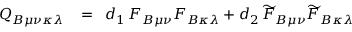
\begin{array} { r l r } { Q _ { B \mu \nu \kappa \lambda } \! } & { { } = } & { \! d _ { 1 } \, F _ { B \mu \nu } F _ { B \kappa \lambda } + d _ { 2 } \, \widetilde { F } _ { B \mu \nu } \widetilde { F } _ { B \kappa \lambda } } \end{array}